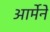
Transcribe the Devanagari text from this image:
आर्मेने